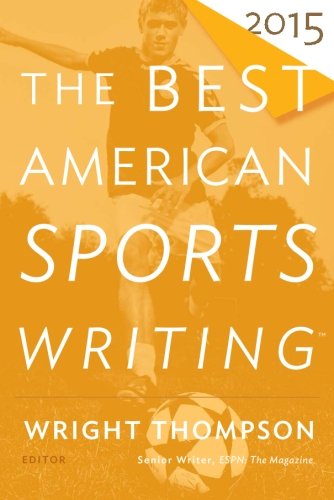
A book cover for The Best American Sports Writing 2015; Literature & Fiction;